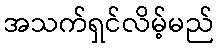
အသက်ရှင်လိမ့်မည်